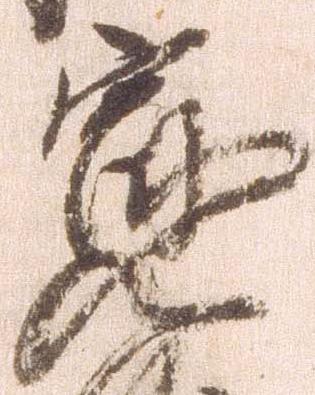
寛